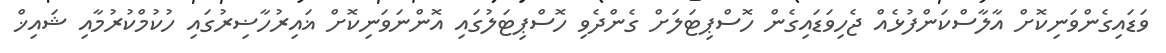
ވަޑައިގެންވަނިކޮށް އާލާސްކަންފުޅެއް ޖެހިވަޑައިގެން ހޮސްޕިޓަލަށް ގެންދެވި ހޮސްޕިޓަލުގައި އޮންނަވަނިކޮށް ޣައިރުހާޟިރުގައި ހުކުމްކުރުމާއި ޝައިޚް